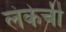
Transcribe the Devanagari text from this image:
लंकेची